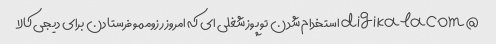
@digikalacom استخدام شدن تو پوز شغلی ای که امروز رزوممو فرستادن برای دیجی کالا